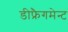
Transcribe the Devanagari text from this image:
डीफ्रैगमेन्ट